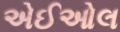
એઈઓલ